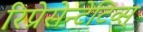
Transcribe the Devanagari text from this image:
रिप्रेसेन्टेटिव्स्